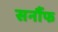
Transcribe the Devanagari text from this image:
सर्नौफ